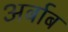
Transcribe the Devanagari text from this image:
अर्बाब